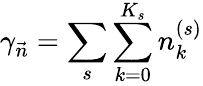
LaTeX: \gamma_{\vec{n}}=\sum_{s}\sum_{k=0}^{K_{s}}n_{k}^{(s)}